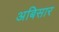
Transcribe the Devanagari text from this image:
अबिसार